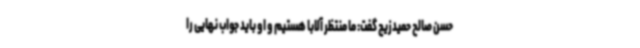
حسن صالح حمیدزیچ گفت: ما منتظر آلابا هستیم و او باید جواب نهایی را